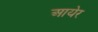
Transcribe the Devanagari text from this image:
आयेर